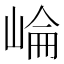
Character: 崘